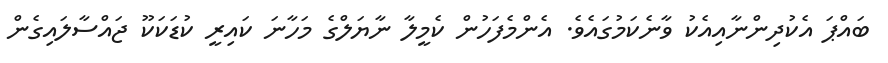
ބައްޕަ އެކުދިންނާއިއެކު ވާނެކަމުގައެވެ. އެންމެފަހުން ކެމީލާ ނާޔަލްގެ މަހާނަ ކައިރީ ކުޑަކަކޫ ޖައްސާލައިގެން